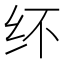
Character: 𰫽